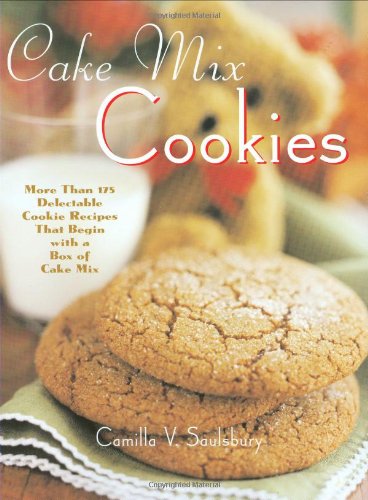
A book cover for Cake Mix Cookies: More Than 175 Delectable Cookie Recipes That Begin With a Box of Cake Mix; Camilla V. Saulsbury; Cookbooks, Food & Wine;